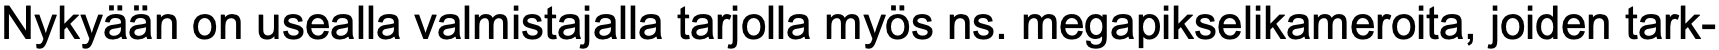
Nykyään on usealla valmistajalla tarjolla myös ns. megapikselikameroita, joiden tark-